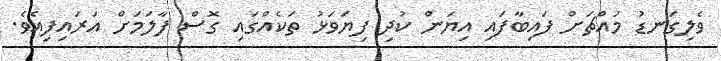
ވެލިގަނޑު މައްޗަށް ފައިބާފައި އިޔަން ކުދި ފިޔަވަޅު ތަކެއްގައި ގޮސް ފާލަމަށް އަރައިފިއެވެ.